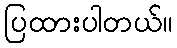
ပြထားပါတယ်။